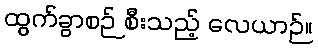
ထွက်ခွာစဉ် စီးသည့် လေယာဉ်။